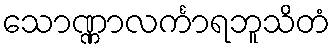
သောဏ္ဏာလင်္ကာရဘူသိတံ